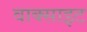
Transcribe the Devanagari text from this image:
वाक्साइट